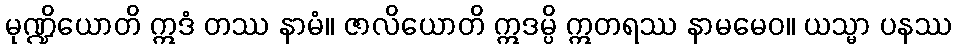
မုဏ္ဍိယောတိ ဣဒံ တဿ နာမံ။ ဇာလိယောတိ ဣဒမ္ပိ ဣတရဿ နာမမေဝ။ ယသ္မာ ပနဿ